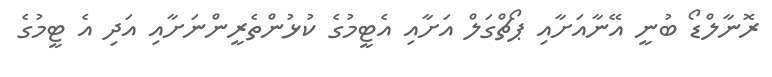
ރޮނާލްޑޯ ބުނީ އޭނާއަށާއި ޕޯޗްގަލް އަށާއި އެޓީމުގެ ކުޅުންތެރީންނަށާއި އަދި އެ ޓީމުގެ